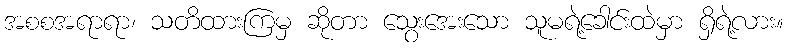
အစစအရာရာ၊ သတိထားကြမှ ဆိုတာ သွေးအေးသော သူမရဲ့ခေါင်းထဲမှာ ရှိရဲ့လား။